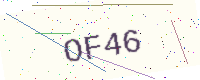
Text: OF46